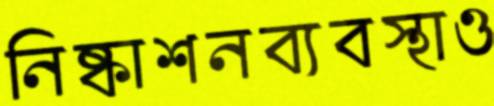
নিষ্কাশনব্যবস্থাও